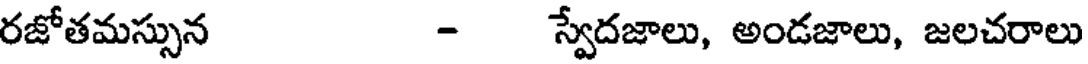
రజోతమస్సున - స్వేదజాలు, అండజాలు, జలచరాలు